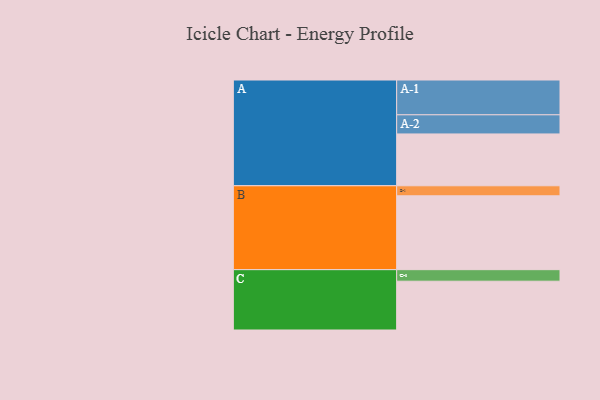
{"axis": {"x": "Segment", "y": "Value"}, "legend": ["", "A", "B", "C"], "data": [{"x": "A", "y": 341, "type": ""}, {"x": "B", "y": 486, "type": ""}, {"x": "C", "y": 321, "type": ""}, {"x": "A-1", "y": 229, "type": "A"}, {"x": "A-2", "y": 126, "type": "A"}, {"x": "B-1", "y": 66, "type": "B"}, {"x": "C-1", "y": 76, "type": "C"}]}